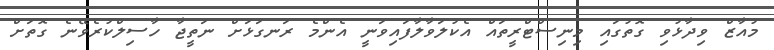
މުއާޒް ވިދާޅުވި ގޮތުގައި މިނިސްޓްރީތައް އެކުލަވާލާފައިވަނީ އެންމެ ރަނގަޅަށް ނަތީޖާ ހާސިލްކުރެވޭނެ ގޮތަށް